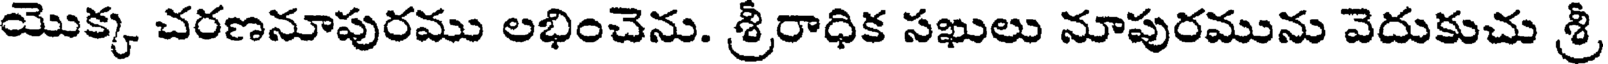
యొక్క చరణనూపురము లభించెను. శ్రీరాధిక సఖులు నూపురమును వెదుకుచు శ్రీ